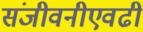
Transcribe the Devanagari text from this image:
संजीवनीएवढी